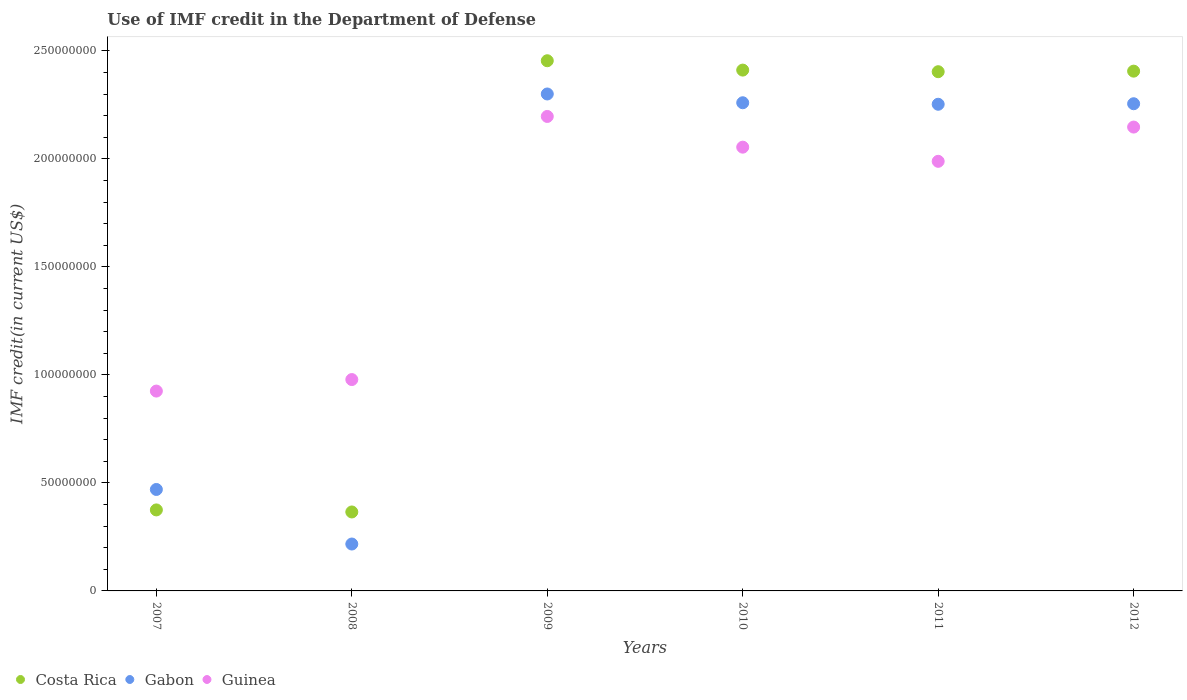
| Years | Costa Rica | Gabon | Guinea |
 | --- | --- | --- | --- |
 | 2007 | 3.75e+07 | 4.7e+07 | 9.25e+07 |
 | 2008 | 3.65e+07 | 2.17e+07 | 9.78e+07 |
 | 2009 | 2.45e+08 | 2.3e+08 | 2.2e+08 |
 | 2010 | 2.41e+08 | 2.26e+08 | 2.05e+08 |
 | 2011 | 2.4e+08 | 2.25e+08 | 1.99e+08 |
 | 2012 | 2.41e+08 | 2.25e+08 | 2.15e+08 |